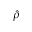
\hat { \rho }